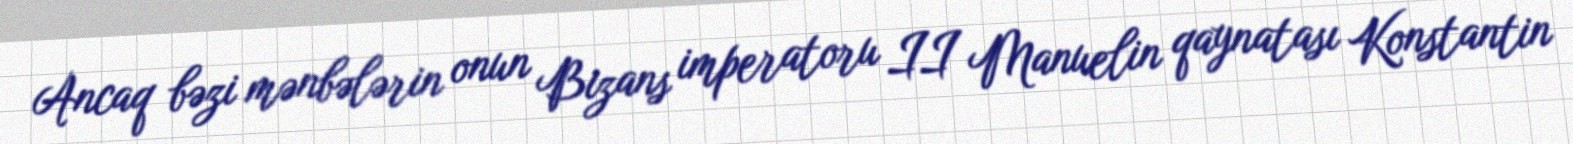
Ancaq bəzi mənbələrin onun Bizans imperatoru II Manuelin qaynatası Konstantin